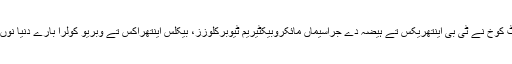
رابرٹ کوخ نے ٹی بی اینتھریکس تے ہیضہ دے جراسیماں مائکروبیکٹیریم ٹیوبرکلوزز، بیکلس اینتھراکس تے وبریو کولرا بارے دنیا نوں دسیا۔